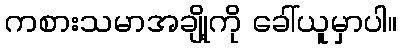
ကစားသမာအချို့ကို ခေါ်ယူမှာပါ။